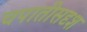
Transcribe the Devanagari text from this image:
चपातीसदृश